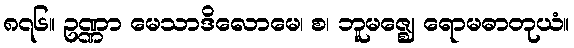
၈၇၆။ ဥဏ္ဏာ မေသာဒိလောမေ၊ စ၊ ဘူမဇ္ဈေ ရောမဓာတုယံ။